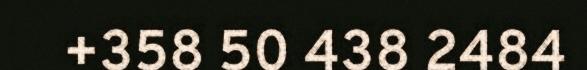
+358 50 438 2484